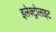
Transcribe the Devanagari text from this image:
इलेक्‍ट्रोलाइट